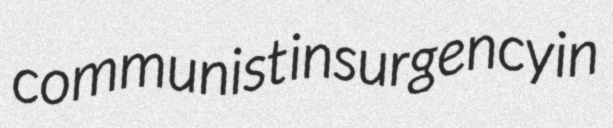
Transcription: communist insurgency in